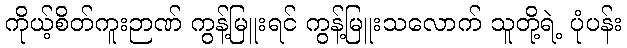
ကိုယ့်စိတ်ကူးဉာဏ် ကွန့်မြူးရင် ကွန့်မြူးသလောက် သူတို့ရဲ့ ပုံပန်း